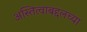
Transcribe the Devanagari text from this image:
अस्तित्वाबद्दलच्या